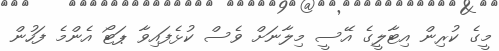
މީގެ ކުރިން އިޓާލީގެ އޭސީ މިލާނަށް ވެސް ކުޅެފައިވާ ޕަޓޯ އެންމެ ފަހުން